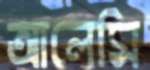
আলেমি